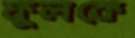
ফুলকে